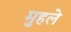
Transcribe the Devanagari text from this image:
मुहले